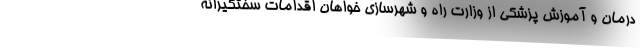
درمان و آموزش پزشکی از وزارت راه و شهرسازی خواهان اقدامات سختگیرانه